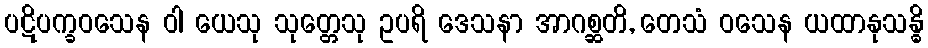
ပဋိပက္ခဝသေန ဝါ ယေသု သုတ္တေသု ဥပရိ ဒေသနာ အာဂစ္ဆတိ, တေသံ ဝသေန ယထာနုသန္ဓိ